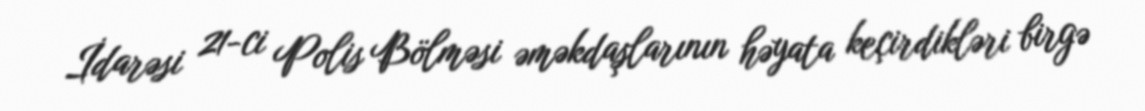
İdarəsi 21-ci Polis Bölməsi əməkdaşlarının həyata keçirdikləri birgə